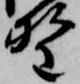
野